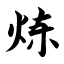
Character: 炼